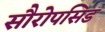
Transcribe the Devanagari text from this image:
सौरोपसिड